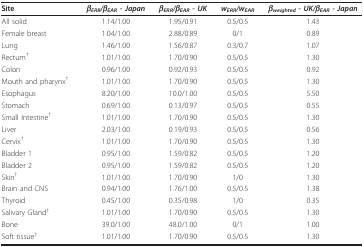
<table><thead><tr><td><b>Site</b></td><td><b><i>β</i><sub><i>ERR</i></sub><i>/β</i><sub><i>EAR </i></sub><i>- Japan</i></b></td><td><b><i>β</i><sub><i>ERR</i></sub><i>/β</i><sub><i>EAR </i></sub><i>- UK</i></b></td><td><b><i>w</i><sub><i>ERR</i></sub><i>/w</i><sub><i>EAR</i></sub></b></td><td><b><i>β</i><sub><i>weighted </i></sub><i>- UK/</i><i>β</i><sub><i>EAR </i></sub><i>- Japan</i></b></td></tr></thead><tbody><tr><td>All solid</td><td>1.14/1.00</td><td>1.95/0.91</td><td>0.5/0.5</td><td>1.43</td></tr><tr><td>Female breast</td><td>1.04/1.00</td><td>2.88/0.89</td><td>0/1</td><td>0.89</td></tr><tr><td>Lung</td><td>1.46/1.00</td><td>1.56/0.87</td><td>0.3/0.7</td><td>1.07</td></tr><tr><td>Rectum<sup>†</sup></td><td>1.01/1.00</td><td>1.70/0.90</td><td>0.5/0.5</td><td>1.30</td></tr><tr><td>Colon</td><td>0.96/1.00</td><td>0.92/0.93</td><td>0.5/0.5</td><td>0.92</td></tr><tr><td>Mouth and pharynx<sup>†</sup></td><td>1.01/1.00</td><td>1.70/0.90</td><td>0.5/0.5</td><td>1.30</td></tr><tr><td>Esophagus</td><td>8.20/1.00</td><td>10.0/1.00</td><td>0.5/0.5</td><td>5.50</td></tr><tr><td>Stomach</td><td>0.69/1.00</td><td>0.13/0.97</td><td>0.5/0.5</td><td>0.55</td></tr><tr><td>Small Intestine<sup>†</sup></td><td>1.01/1.00</td><td>1.70/0.90</td><td>0.5/0.5</td><td>1.30</td></tr><tr><td>Liver</td><td>2.03/1.00</td><td>0.19/0.93</td><td>0.5/0.5</td><td>0.56</td></tr><tr><td>Cervix<sup>†</sup></td><td>1.01/1.00</td><td>1.70/0.90</td><td>0.5/0.5</td><td>1.30</td></tr><tr><td>Bladder 1</td><td>0.95/1.00</td><td>1.59/0.82</td><td>0.5/0.5</td><td>1.20</td></tr><tr><td>Bladder 2</td><td>0.95/1.00</td><td>1.59/0.82</td><td>0.5/0.5</td><td>1.20</td></tr><tr><td>Skin<sup>†</sup></td><td>1.01/1.00</td><td>1.70/0.90</td><td>1/0</td><td>1.30</td></tr><tr><td>Brain and CNS</td><td>0.94/1.00</td><td>1.76/1.00</td><td>0.5/0.5</td><td>1.38</td></tr><tr><td>Thyroid</td><td>0.45/1.00</td><td>0.35/0.98</td><td>1/0</td><td>0.35</td></tr><tr><td>Salivary Gland<sup>†</sup></td><td>1.01/1.00</td><td>1.70/0.90</td><td>0.5/0.5</td><td>1.30</td></tr><tr><td>Bone</td><td>39.0/1.00</td><td>48.0/1.00</td><td>0/1</td><td>1.00</td></tr><tr><td>Soft tissue<sup>†</sup></td><td>1.01/1.00</td><td>1.70/0.90</td><td>0.5/0.5</td><td>1.30</td></tr></tbody></table>